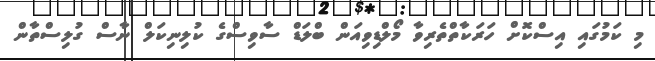
މި ކަމުގައި އިސްކޮށް ހަރަކާތްތެރިވާ މޯލްޑިވިއަން ބްލަޑް ސާވިސްގެ ކުލިނިކަލް ނާސް ގުލިސްތާން